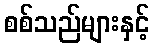
စစ်သည်များနှင့်